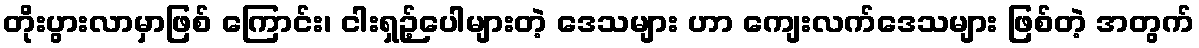
တိုးပွားလာမှာဖြစ် ကြောင်း၊ ငါးရှဉ့်ပေါများတဲ့ ဒေသများ ဟာ ကျေးလက်ဒေသများ ဖြစ်တဲ့ အတွက်